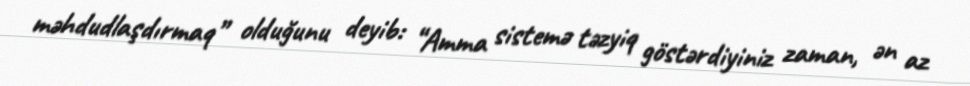
məhdudlaşdırmaq” olduğunu deyib: “Amma sistemə təzyiq göstərdiyiniz zaman, ən az